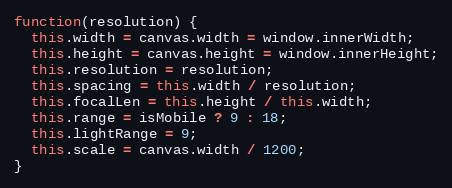
Language: JavaScript
function(resolution) {
  this.width = canvas.width = window.innerWidth;
  this.height = canvas.height = window.innerHeight;
  this.resolution = resolution;
  this.spacing = this.width / resolution;
  this.focalLen = this.height / this.width;
  this.range = isMobile ? 9 : 18;
  this.lightRange = 9;
  this.scale = canvas.width / 1200;
}